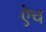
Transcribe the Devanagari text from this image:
ऎच